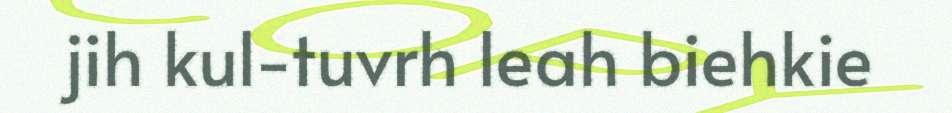
jih kul-tuvrh leah biehkie